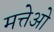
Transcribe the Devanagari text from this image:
मत्तेओ